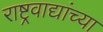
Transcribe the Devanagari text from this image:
राष्ट्रवाद्यांच्या